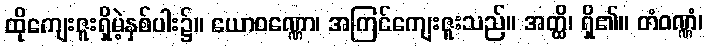
ထိုကျေးဇူးရှိမဲ့နှစ်ပါး၌။ ယောဝဏ္ဏော၊ အကြင်ကျေးဇူးသည်။ အတ္ထိ၊ ရှိ၏။ တံဝဏ္ဏံ၊